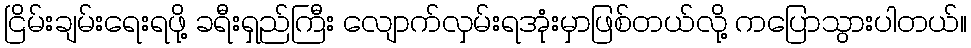
ငြိမ်းချမ်းရေးရဖို့ ခရီးရှည်ကြီး လျောက်လှမ်းရအုံးမှာဖြစ်တယ်လို့ ကပြောသွားပါတယ်။